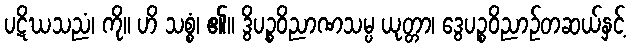
ပဋိဃသညံ၊ ကို။ ဟိ သစ္စံ၊ ၏။ ဒွိပဉ္စဝိညာဏသမ္ပ ယုတ္တာ၊ ဒွေပဉ္စဝိညာဉ်တဆယ်နှင့်